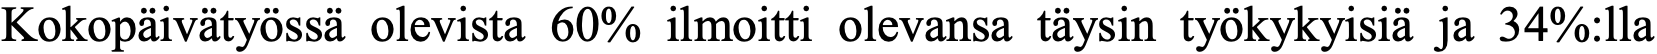
Kokopäivätyössä olevista 60% ilmoitti olevansa täysin työkykyisiä ja 34%:lla